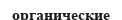
органические